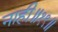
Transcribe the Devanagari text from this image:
नाही॥१९॥